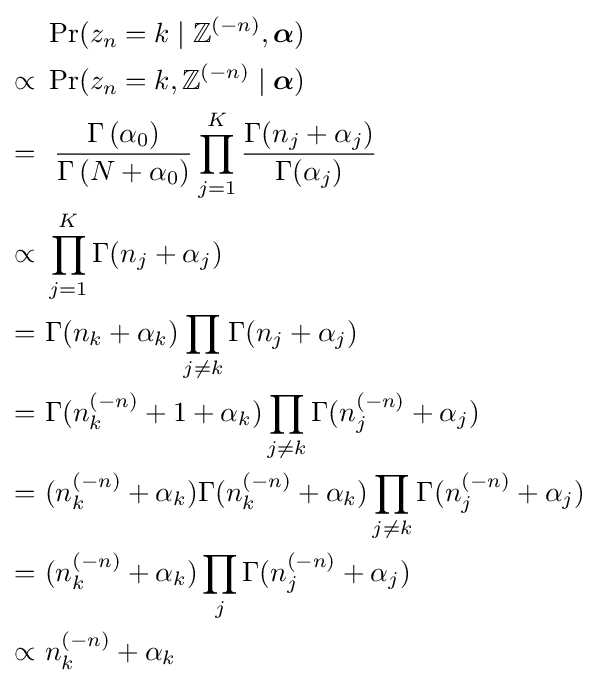
{\begin{aligned}&\Pr(z_{n}=k\mid \mathbb {Z} ^{(-n)},{\boldsymbol {\alpha }})\\\propto \ &\Pr(z_{n}=k,\mathbb {Z} ^{(-n)}\mid {\boldsymbol {\alpha }})\\=\ &\ {\frac {\Gamma \left(\alpha _{0}\right)}{\Gamma \left(N+\alpha _{0}\right)}}\prod _{j=1}^{K}{\frac {\Gamma (n_{j}+\alpha _{j})}{\Gamma (\alpha _{j})}}\\\propto \ &\prod _{j=1}^{K}\Gamma (n_{j}+\alpha _{j})\\=\ &\Gamma (n_{k}+\alpha _{k})\prod _{j\not =k}\Gamma (n_{j}+\alpha _{j})\\=\ &\Gamma (n_{k}^{(-n)}+1+\alpha _{k})\prod _{j\not =k}\Gamma (n_{j}^{(-n)}+\alpha _{j})\\=\ &(n_{k}^{(-n)}+\alpha _{k})\Gamma (n_{k}^{(-n)}+\alpha _{k})\prod _{j\not =k}\Gamma (n_{j}^{(-n)}+\alpha _{j})\\=\ &(n_{k}^{(-n)}+\alpha _{k})\prod _{j}\Gamma (n_{j}^{(-n)}+\alpha _{j})\\\propto \ &n_{k}^{(-n)}+\alpha _{k}\\\end{aligned}}